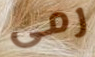
رمى